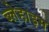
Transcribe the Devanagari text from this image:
ब्लेहाइम